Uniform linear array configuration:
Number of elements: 48
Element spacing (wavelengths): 0.75
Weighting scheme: hann
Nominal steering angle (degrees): -30
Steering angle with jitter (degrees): -30.728
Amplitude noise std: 0.05
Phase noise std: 0.05

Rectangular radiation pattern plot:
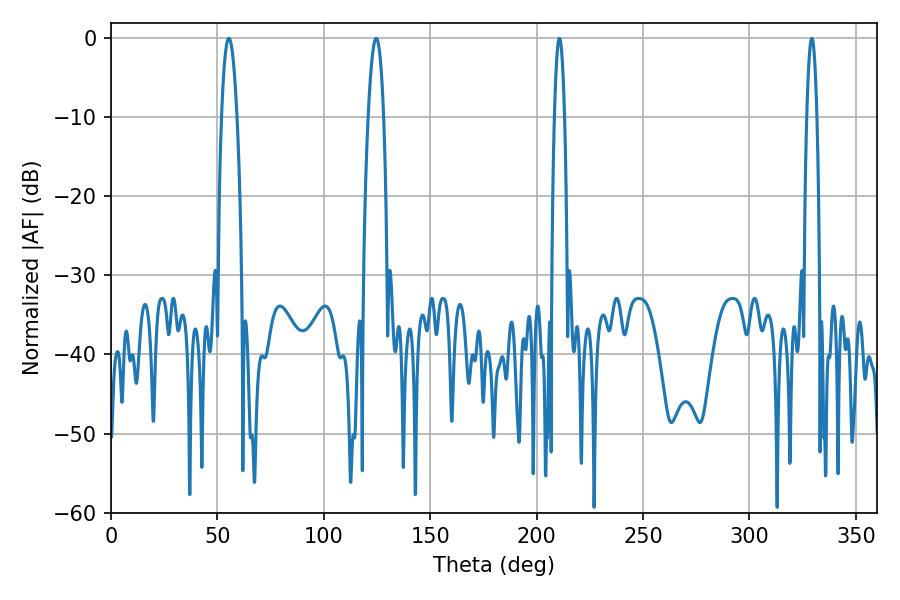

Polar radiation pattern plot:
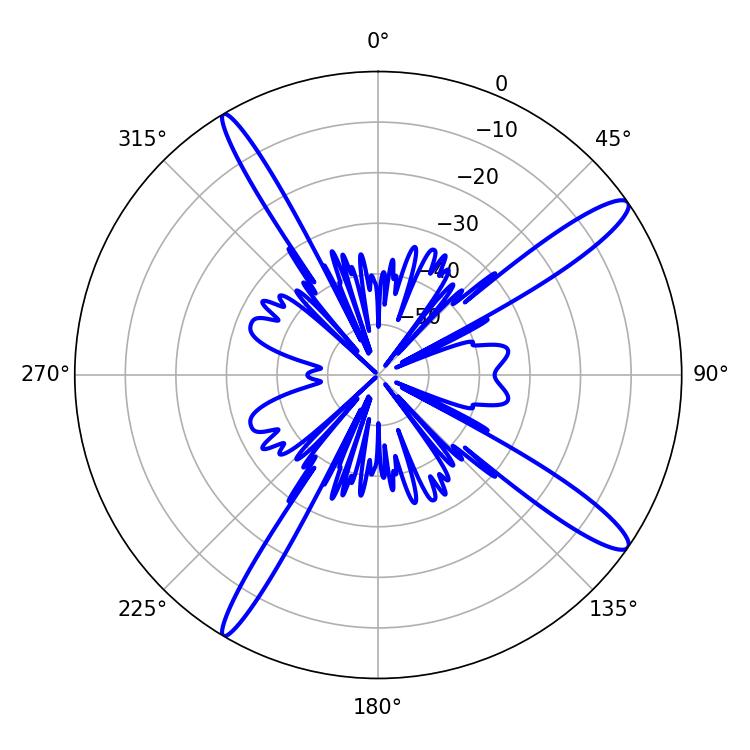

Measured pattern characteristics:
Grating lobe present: TRUE
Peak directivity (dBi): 14.325
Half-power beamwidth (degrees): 3.96
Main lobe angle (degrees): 124.56